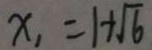
x _ { 1 } = 1 + \sqrt { 6 }